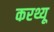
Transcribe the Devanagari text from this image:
करथ्यू